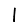
Digit: 1